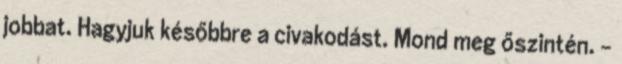
jobbat. Hagyjuk későbbre a civakodást. Mond meg őszintén. -